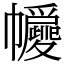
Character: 㡪